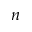
n